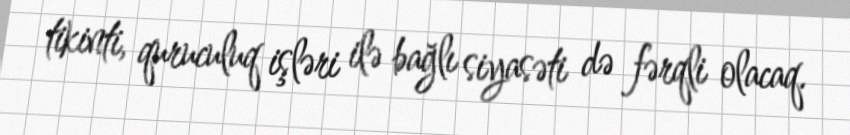
tikinti, quruculuq işləri ilə bağlı siyasəti də fərqli olacaq.